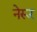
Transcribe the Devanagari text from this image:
नेरूर